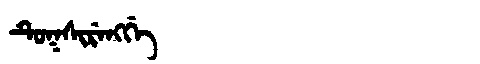
Manchu: ᡨᡠᡴᠰᡳᡵᡝᠩᡤᡝ
Romanization: TUKSIRENGGE